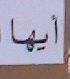
أيها